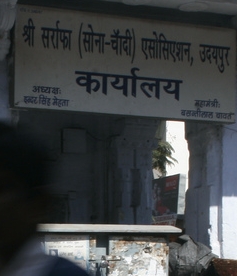
Language: hindi
Transcription: सर्राफा सोना- चाँदी अध्यसक्ष: मेहता सिंह महमंत्री एसोसिएशन उदयपुर कार्यालय श्री